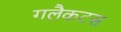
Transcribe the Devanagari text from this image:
गलैकटस